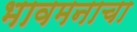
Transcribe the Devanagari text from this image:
भावमनाचा